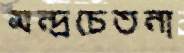
মন্দ্রচেতনা